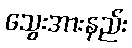
သွေးအားနည်း